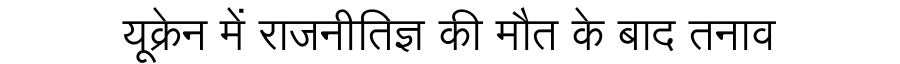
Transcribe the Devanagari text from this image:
यूक्रेन में राजनीतिज्ञ की मौत के बाद तनाव